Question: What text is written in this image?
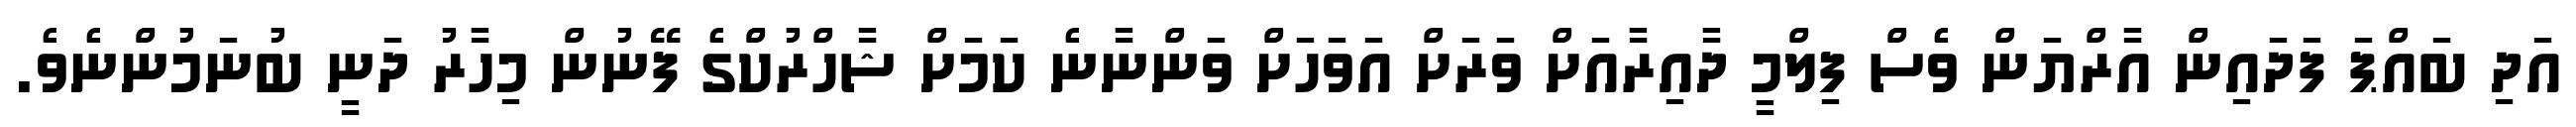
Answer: އަދި ބައްޕަ ފަދައިން އާރްޔަން ވެސް ފިލްމީ ދާއިރާއަށް ވަރަށް އަވަހަށް ވަންނާނެ ކަމަށް ޝާހްރުކްގެ ފޭނުން މިހާރު ދަނީ ބުނަމުންނެވެ.